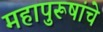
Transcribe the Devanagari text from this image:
महापुरूषांचे